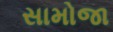
સામોજા